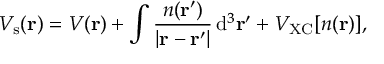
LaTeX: V _ { \mathrm { s } } ( \mathbf { r } ) = V ( \mathbf { r } ) + \int { \frac { n ( \mathbf { r } ^ { \prime } ) } { | \mathbf { r } - \mathbf { r } ^ { \prime } | } } \, \mathrm { d } ^ { 3 } \mathbf { r } ^ { \prime } + V _ { \mathrm { X C } } [ n ( \mathbf { r } ) ] ,